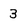
Character: 3